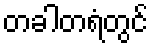
တခါတရံတွင်